Papers set at the Examination for Leaving Certificates, 1894
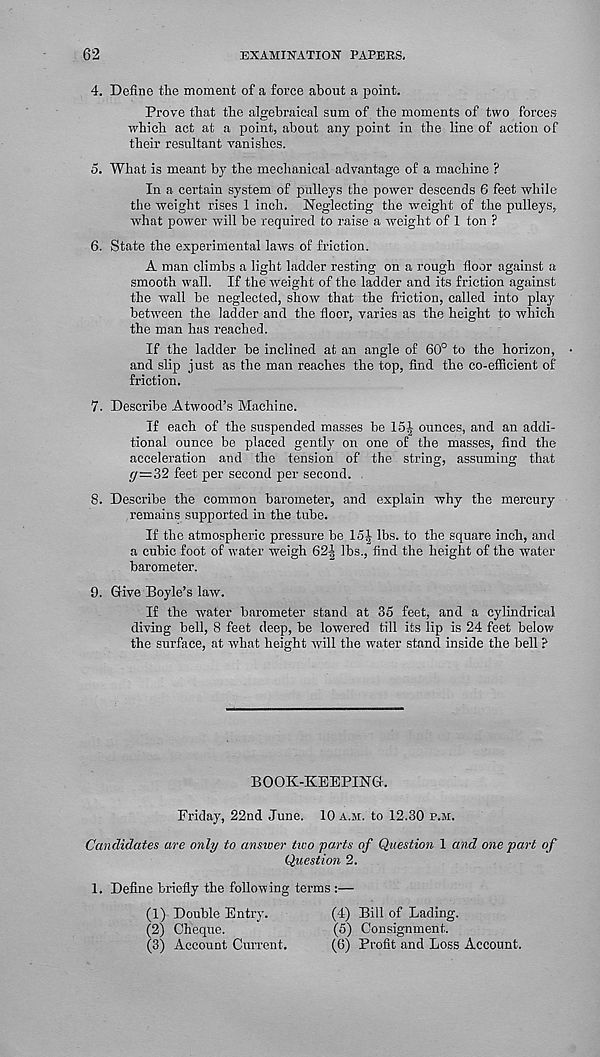
62
EXAMINATION PAPERS,
4. Define the moment of a force about a point.
Prove that the algebraical sum of the moments of two forces
which act at a point, about any point in the line of action of
their resultant vanishes.
5. What is meant by the mechanical advantage of a machine ?
In a certain system of pulleys the power descends 6 feet while
the weight rises 1 inch. Neglecting the weight of the pulleys,
what power will be required to raise a weight of 1 ton ?
6. State the experimental laws of friction.
A man climbs a light ladder resting on a rough floor against a
smooth wall. If the weight of the ladder and its friction against
the wall be neglected, show that the friction, called into play
between the ladder and the floor, varies as the height to which
the man has reached.
If the ladder be inclined at an angle of 60° to the horizon,
and slip just as the man reaches the top, find the co-efficient of
friction.
7. Describe Atwood’s Machine.
If each of the suspended masses be 15| ounces, and an addi-
tional ounce be placed gently on one of the masses, find the
acceleration and the tension of the string, assuming that
f/=32 feet per second per second.
8. Describe the common barometer, and explain why the mercury
remains supported in the tube.
If the atmospheric pressure be 15^ lbs. to the square inch, and
a cubic foot of water weigh 62| lbs., find the height of the water
barometer.
9. Give Boyle’s law.
If the water barometer stand at 35 feet, and a cylindrical
diving bell, 8 feet deep, be lowered till its lip is 24 feet below
the surface, at what height will the water stand inside the bell ?
BOOK-KEEPING.
Friday, 22nd June. 10 a.m. to 12.30 p.m.
Candidates are only to answer two parts of Question 1 and one part of
Question 2.
1. Define briefly the following terms :—
(1) Double Entry.
(2) Cheque.
(3) Account Current.
(4) Bill of Lading.
(5) Consignment.
(G) Profit and Loss Account.